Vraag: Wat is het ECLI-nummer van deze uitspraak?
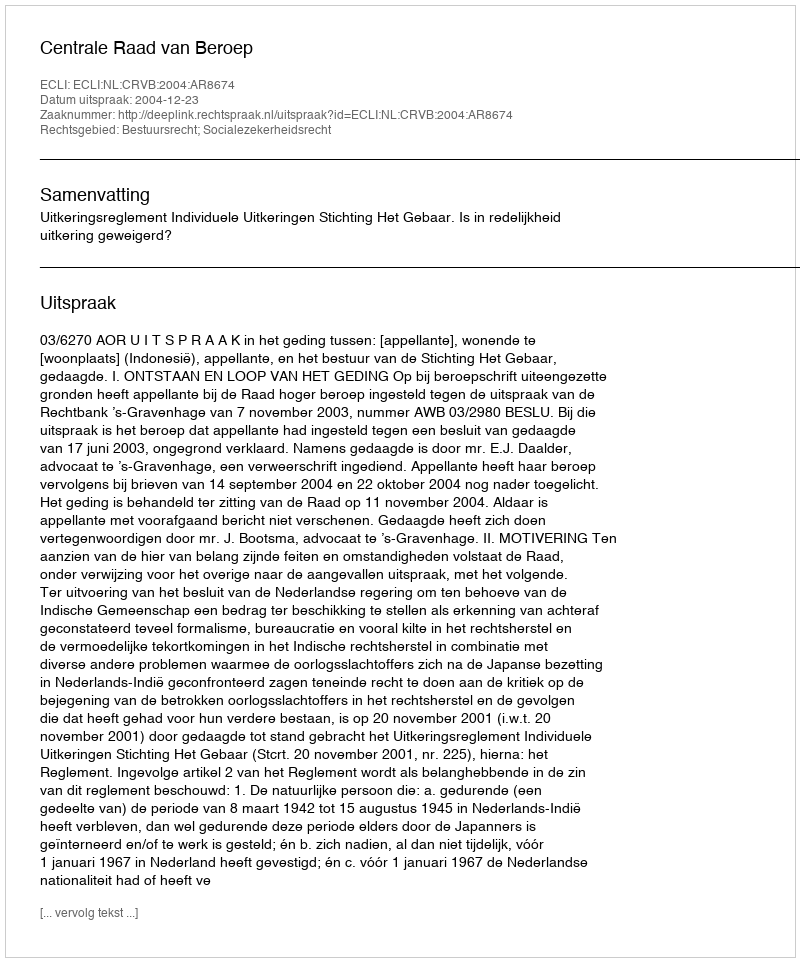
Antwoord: ECLI:NL:CRVB:2004:AR8674